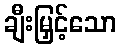
ချီးမြှင့်သော